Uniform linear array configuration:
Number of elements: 64
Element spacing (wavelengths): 0.75
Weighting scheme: uniform
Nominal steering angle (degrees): -15
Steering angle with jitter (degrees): -16.974
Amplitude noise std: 0.05
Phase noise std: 0.05

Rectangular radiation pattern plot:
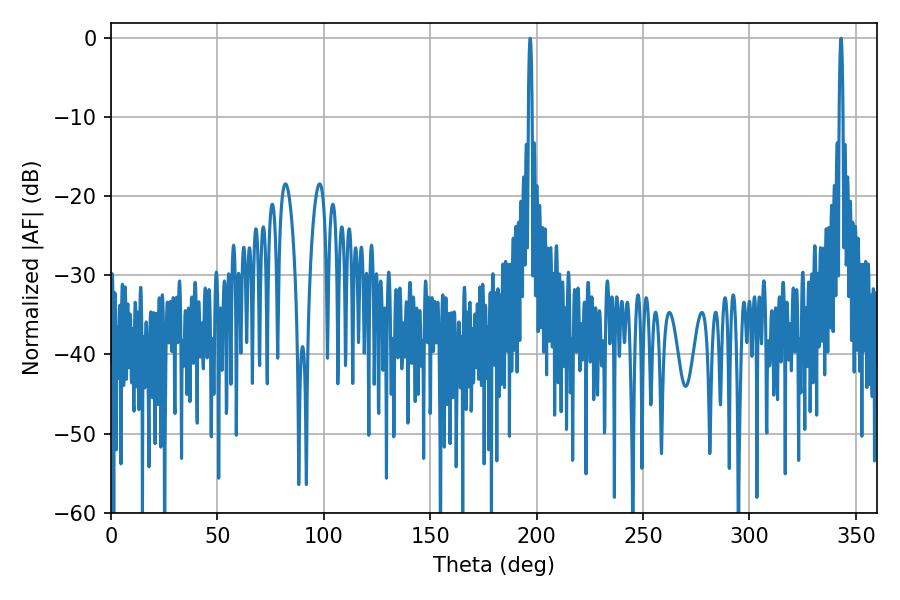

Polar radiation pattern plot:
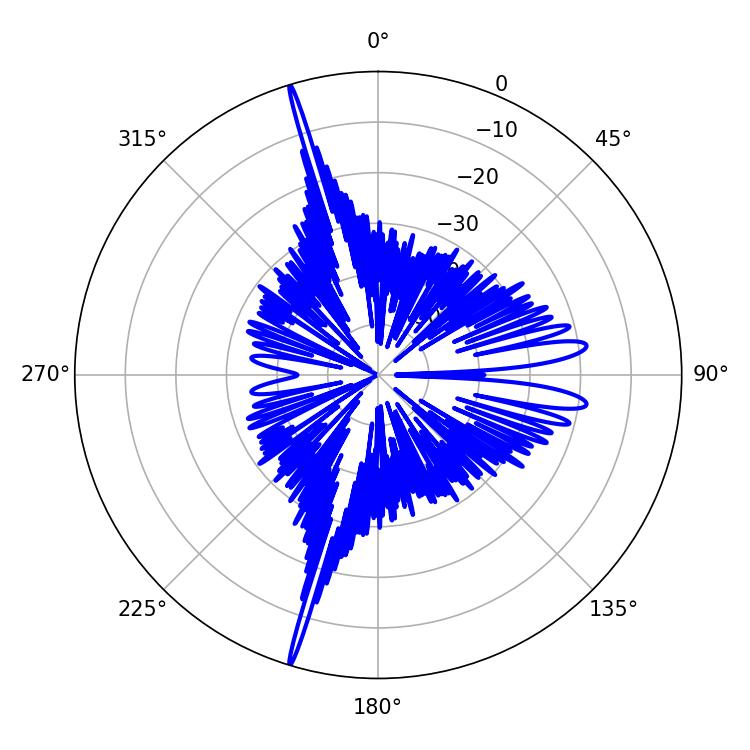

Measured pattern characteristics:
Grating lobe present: TRUE
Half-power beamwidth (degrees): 0.9
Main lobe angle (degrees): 196.92